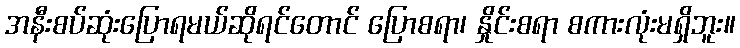
အနီးစပ်ဆုံးပြောရမယ်ဆိုရင်တောင် ပြောစရာ၊ နှိုင်းစရာ စကားလုံးမရှိဘူး။